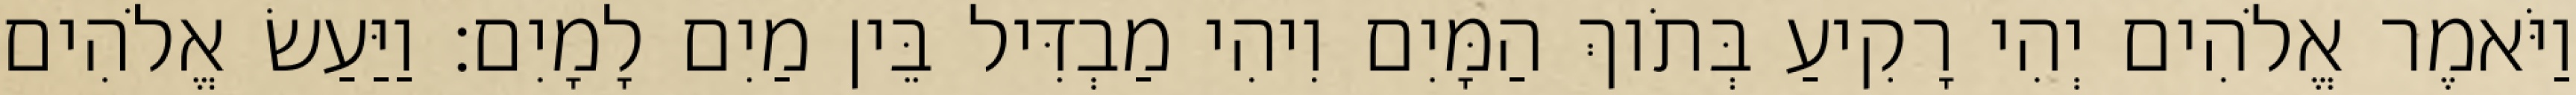
וַיֹּאמֶר אֱלֹהִים יְהִי רָקִיעַ בְּתֹוךְ הַמָּיִם וִיהִי מַבְדִּיל בֵּין מַיִם לָמָיִם׃ וַיַּעַשׂ אֱלֹהִים